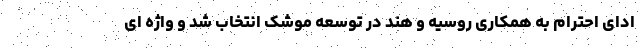
ادای احترام به همکاری روسیه و هند در توسعه موشک انتخاب شد و واژه ای